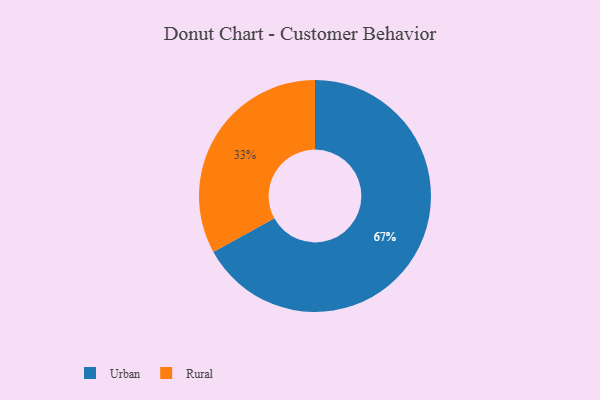
{"axis": {"x": "Category", "y": "Percentage"}, "legend": ["Rural", "Urban"], "data": [{"x": "Rural", "y": 33, "type": "Rural"}, {"x": "Urban", "y": 67, "type": "Urban"}]}